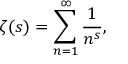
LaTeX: \zeta ( s ) = \sum _ { n = 1 } ^ { \infty } { \frac { 1 } { n ^ { s } } } ,